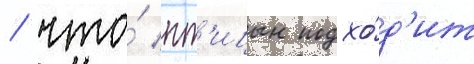
/ что́ пт'ицын подхо́д'ит